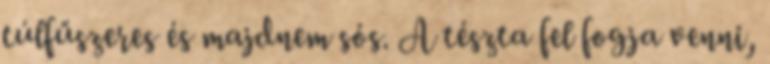
túlfűszeres és majdnem sós. A tészta fel fogja venni,